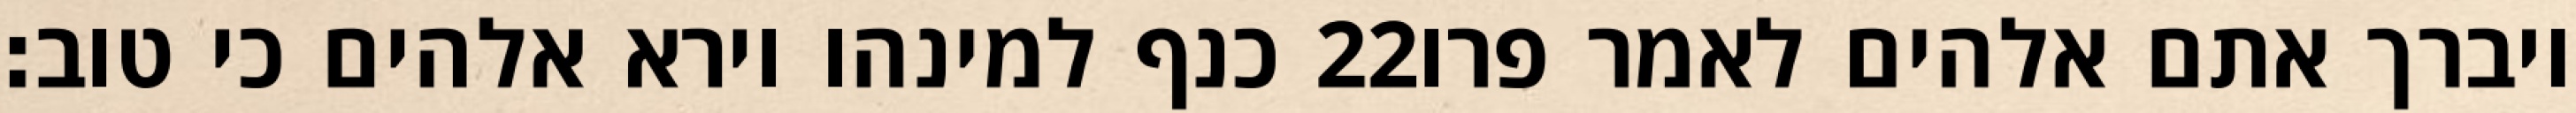
כנף למינהו וירא אלהים כי טוב׃ ‎22‏ ויברך אתם אלהים לאמר פרו